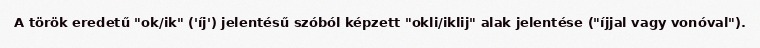
A török eredetű "ok/ik" ('íj') jelentésű szóból képzett "okli/iklij" alak jelentése ("íjjal vagy vonóval").